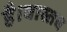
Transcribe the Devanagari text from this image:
है।वास्तब